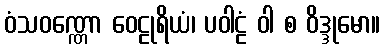
ဝံသဝဏ္ဏော ဝေဠုရိယံ၊ ပဝါဠံ ဝါ စ ဝိဒ္ဒုမော။